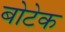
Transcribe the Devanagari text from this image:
बोटेक